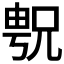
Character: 𫤝